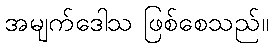
အမျက်ဒေါသ ဖြစ်စေသည်။